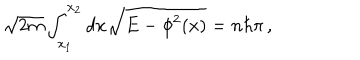
LaTeX: \sqrt { 2 m } \int _ { x _ { 1 } } ^ { x _ { 2 } } d x \sqrt { E - \phi ^ { 2 } ( x ) } = n \hbar \pi \, ,